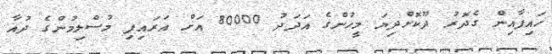
ހައިފާއިން ގެދޮރު ދޫކޮށްދިޔަ މީހުންގެ އަދަދު 80000 އަށް އަރައިފި މުސްލިމުންގެ ދުއާ